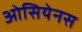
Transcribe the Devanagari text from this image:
ओसियेनस